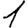
Digit: 1